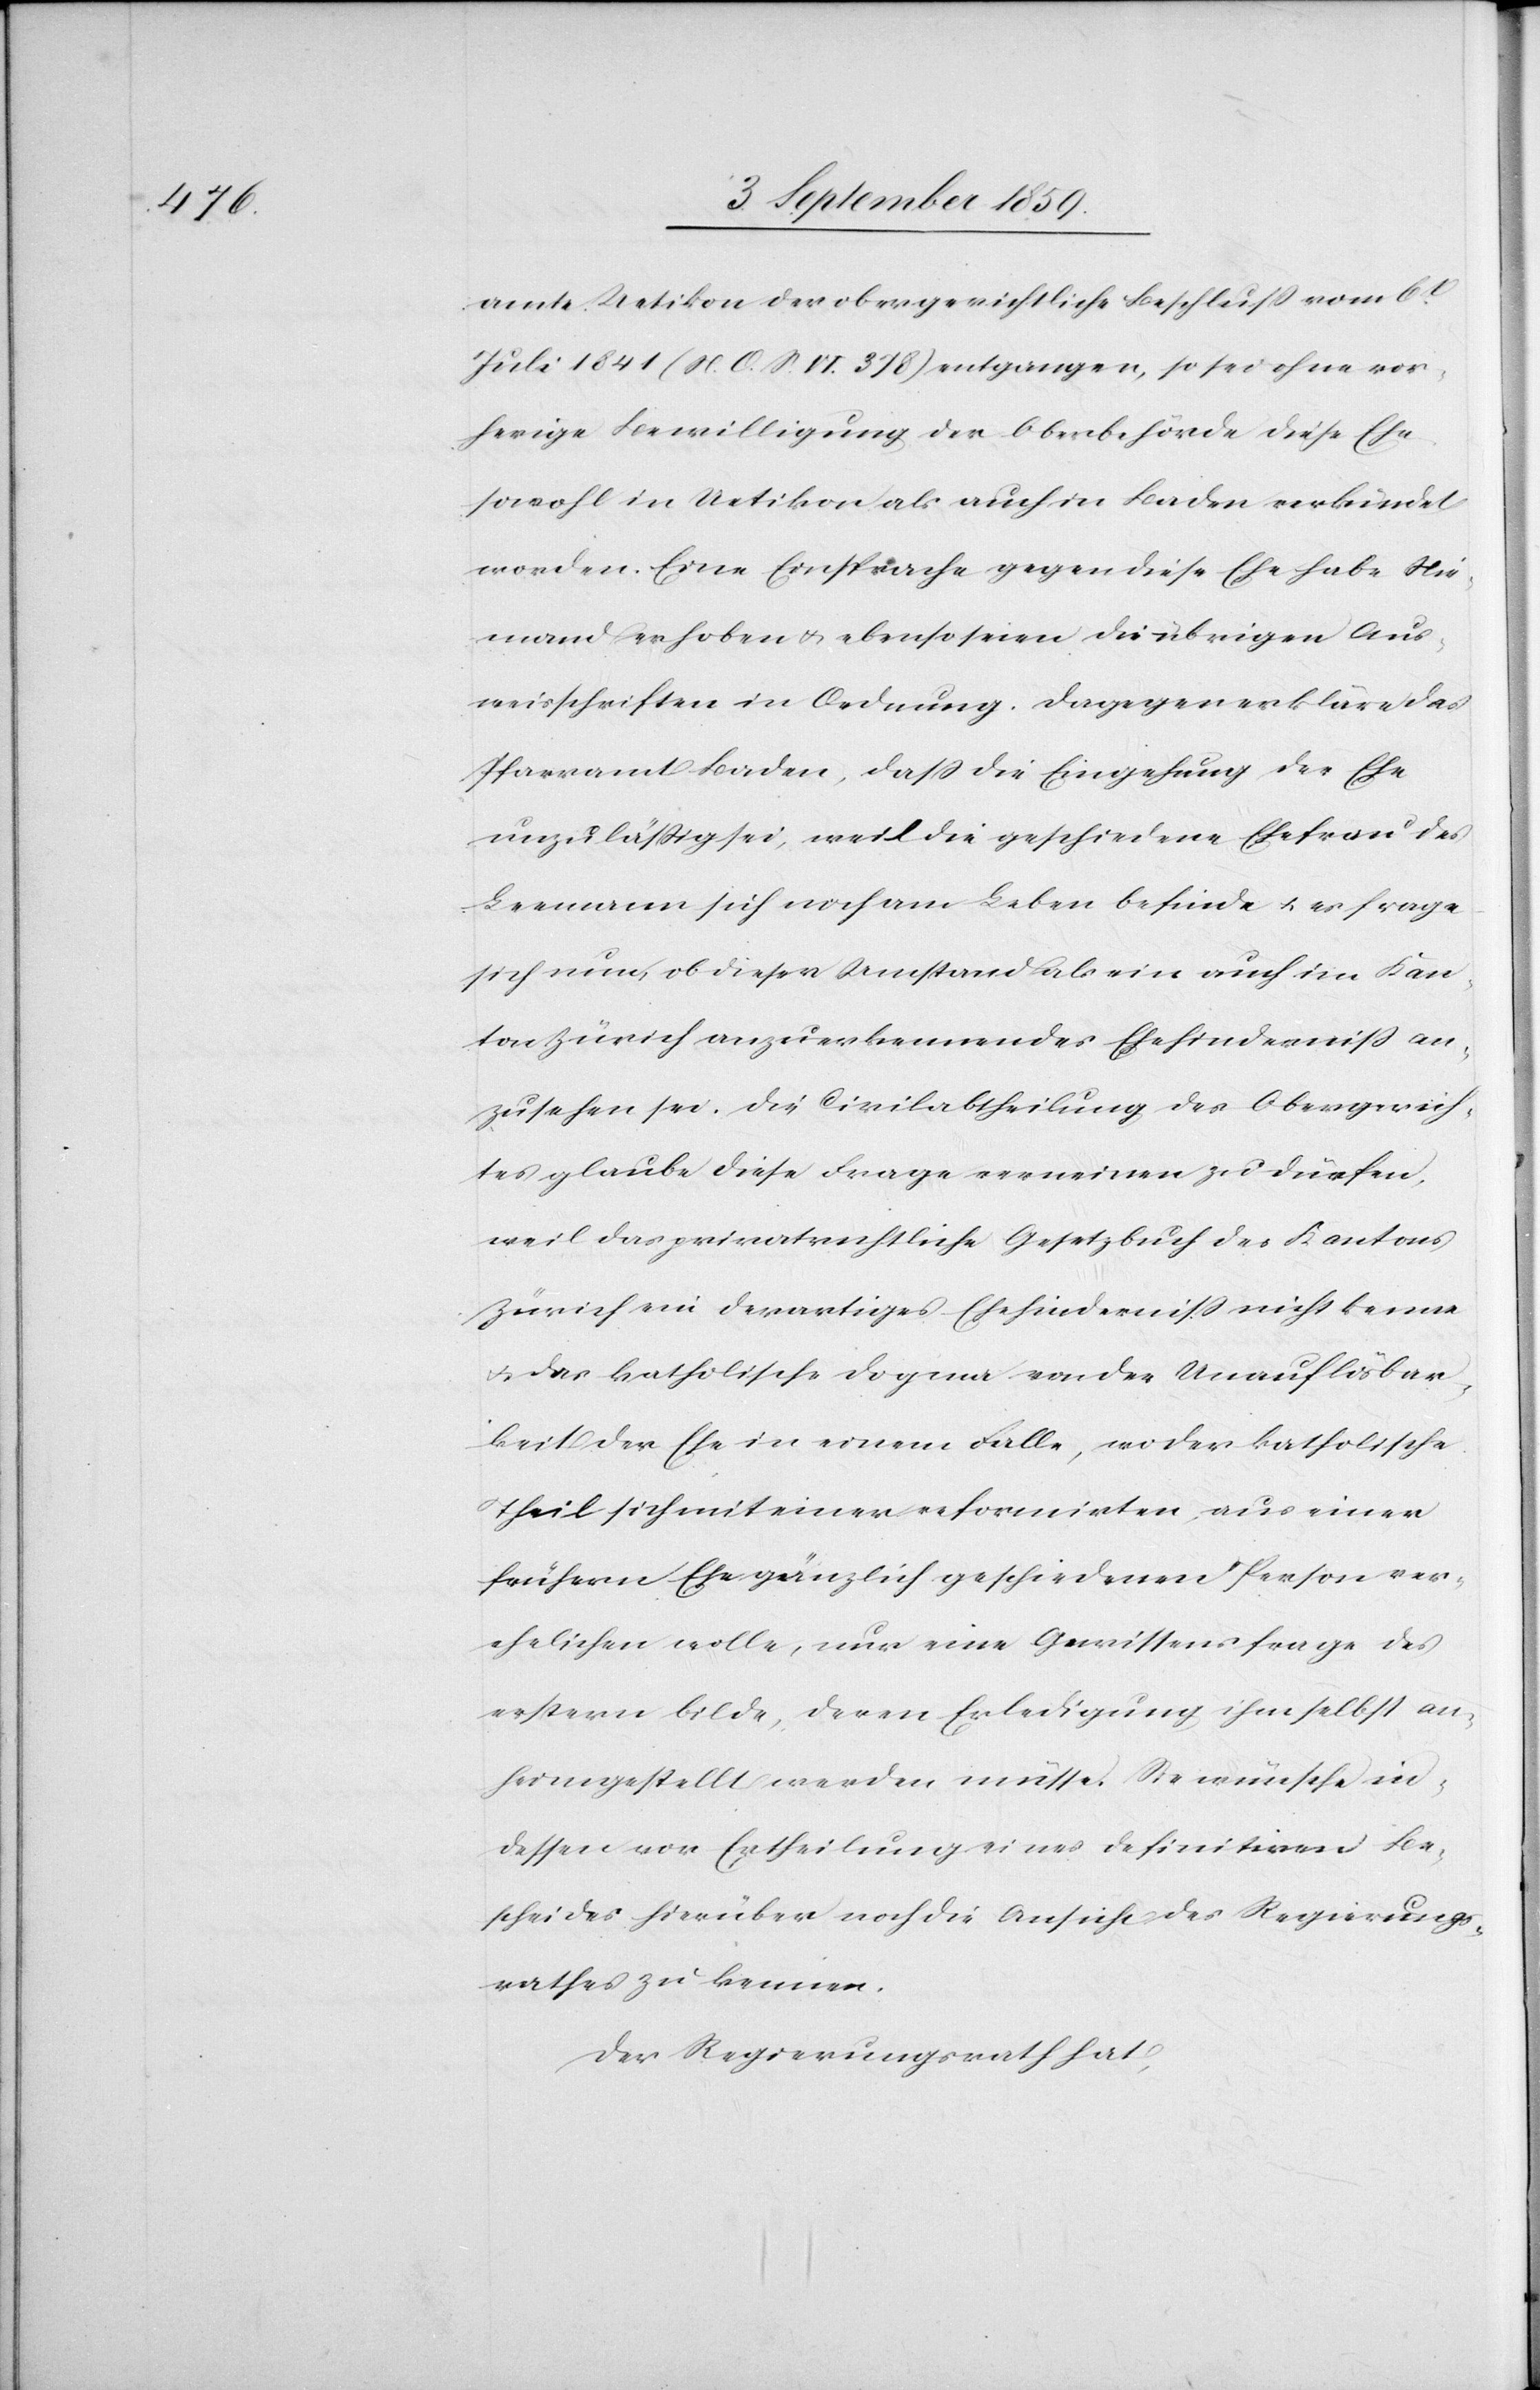
amte Uetikon der obergerichtliche Beschluß vom 6t.
Juli 1841 (N. O. S. VI. 378) entgangen, so sei ohne vor¬
herige Bewilligung der Oberbehörde diese Ehe
sowohl in Uetikon als auch in Baden verkündet
worden. Eine Einsprache gegen diese Ehe habe Nie¬
mand erhoben & ebenso seien die übrigen Aus¬
weisschriften in Ordnung. Dagegen erkläre das
Pfarramt Baden, daß die Eingehung der Ehe
unzuläßig sei, weil die geschiedene Ehefrau des
Leemann sich noch am Leben befinde & er frage
sich nun, ob dieser Umstand als ein auch im Kan¬
ton Zürich anzuerkennendes Ehehinderniß an¬
zusehen sei. Die Civilabtheilung des Obergerich¬
tes glaube diese Frage verneinen zu dürfen,
weil das privatrechtliche Gesetzbuch des Kantons
Zürich ein derartiges Ehehinderniß nicht kenne
& das katholische Dogma von der Unauflösbar¬
keit der Ehe in einem Falle, wo der katholische
Theil sich mit einer reformirten, aus einer
frühern Ehe gänzlich geschiedenen Person ver¬
ehelichen wolle, nur eine Gewissensfrage des
erstern bilde, deren Erledigung ihm selbst an¬
heimgestellt werden müsse. Sie wünsche in¬
dessen vor Ertheilung eines definitiven Be¬
scheides hierüber noch die Ansicht des Regierungs¬
rathes zu kennen.
Der Regierungsrath hat,